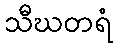
သီဃတရံ